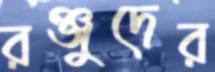
রঞ্জুদের